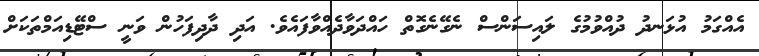
އެއްގަމު އުޅަނދު ދުއްވުމުގެ ލައިސަންސް ނެގޭނެގޮތް ހައްދަވާދެއްވާފައެވެ. އަދި ދާދިފަހުން ވަނީ ސްޓޭޑިއަމްތަކަށް